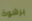
برشوة